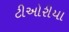
ટીઓરીયા